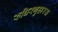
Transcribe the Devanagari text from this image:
रुधिरगुहारस